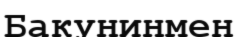
Бакунинмен